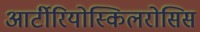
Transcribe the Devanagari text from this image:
आर्टीरियोस्किलरोसिस